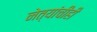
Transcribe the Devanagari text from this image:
नेत्यांचीही